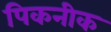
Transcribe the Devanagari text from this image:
पिकनीक